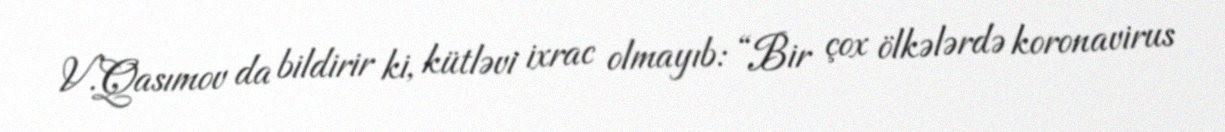
V.Qasımov da bildirir ki, kütləvi ixrac olmayıb: “Bir çox ölkələrdə koronavirus